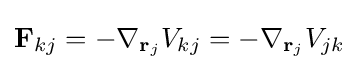
\mathbf {F} _{kj}=-\nabla _{\mathbf {r} _{j}}V_{kj}=-\nabla _{\mathbf {r} _{j}}V_{jk}